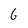
Character: G